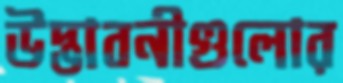
উদ্ভাবনীগুলোর